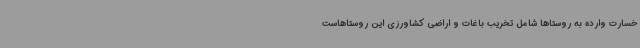
خسارت وارده به روستاها شامل تخریب باغات و اراضی کشاورزی این روستاهاست